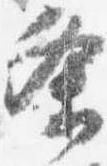
条